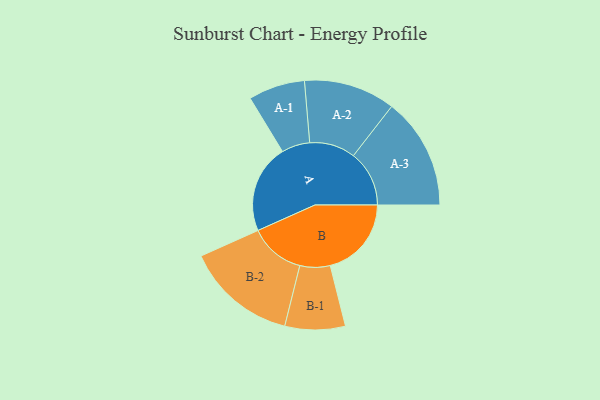
{"axis": {"x": "Segment", "y": "Value"}, "legend": ["", "A", "B"], "data": [{"x": "A", "y": 335, "type": ""}, {"x": "B", "y": 307, "type": ""}, {"x": "A-1", "y": 107, "type": "A"}, {"x": "A-2", "y": 173, "type": "A"}, {"x": "A-3", "y": 211, "type": "A"}, {"x": "B-1", "y": 114, "type": "B"}, {"x": "B-2", "y": 210, "type": "B"}]}